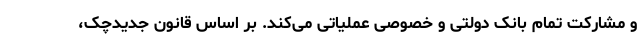
و مشارکت تمام بانک دولتی و خصوصی عملیاتی می‌کند. بر اساس قانون جدیدچک،